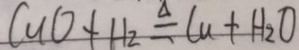
C u O + H _ { 2 } O \Delta q C u + H _ { 2 } O